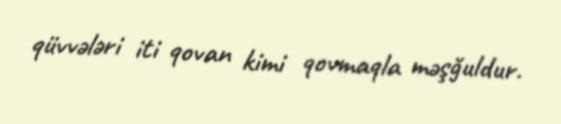
qüvvələri iti qovan kimi qovmaqla məşğuldur.